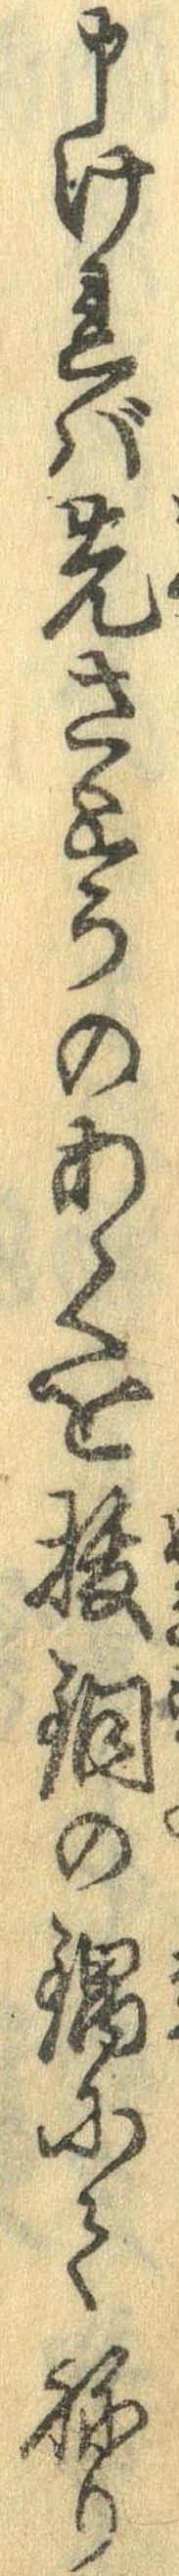
申ければ先さとうのあくを抜銅の鍋にてねり